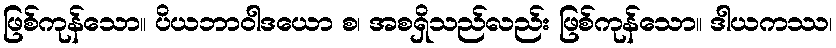
ဖြစ်ကုန်သော။ ပိယဘာဝါဒယော စ၊ အစရှိသည်လည်း ဖြစ်ကုန်သော။ ဒါယကဿ၊